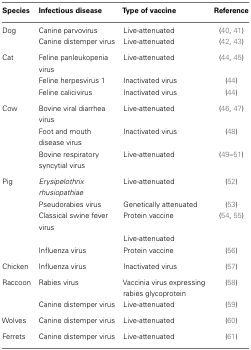
<table><thead><tr><td><b>Species</b></td><td><b>Infectious disease</b></td><td><b>Type of vaccine</b></td><td><b>Reference</b></td></tr></thead><tbody><tr><td>Dog</td><td>Canine parvovirus</td><td>Live-attenuated</td><td>(40, 41)</td></tr><tr><td></td><td>Canine distemper virus</td><td>Live-attenuated</td><td>(42, 43)</td></tr><tr><td>Cat</td><td>Feline panleukopenia virus</td><td>Live-attenuated</td><td>(44, 45)</td></tr><tr><td></td><td>Feline herpesvirus 1</td><td>Inactivated virus</td><td>(44)</td></tr><tr><td></td><td>Feline calicivirus</td><td>Inactivated virus</td><td>(44)</td></tr><tr><td>Cow</td><td>Bovine viral diarrhea virus</td><td>Live-attenuated</td><td>(46, 47)</td></tr><tr><td></td><td>Foot and mouth disease virus</td><td>Inactivated virus</td><td>(48)</td></tr><tr><td></td><td>Bovine respiratory syncytial virus</td><td>Live-attenuated</td><td>(49–51)</td></tr><tr><td>Pig</td><td><i>Erysipelothrix rhusiopathiae</i></td><td>Live-attenuated</td><td>(52)</td></tr><tr><td></td><td>Pseudorabies virus</td><td>Genetically attenuated</td><td>(53)</td></tr><tr><td></td><td>Classical swine fever virus</td><td>Protein vaccine</td><td>(54, 55)</td></tr><tr><td></td><td></td><td>Live-attenuated</td><td></td></tr><tr><td></td><td>Influenza virus</td><td>Protein vaccine</td><td>(56)</td></tr><tr><td>Chicken</td><td>Influenza virus</td><td>Inactivated virus</td><td>(57)</td></tr><tr><td>Raccoon</td><td>Rabies virus</td><td>Vaccinia virus expressing rabies glycoprotein</td><td>(58)</td></tr><tr><td></td><td>Canine distemper virus</td><td>Live-attenuated</td><td>(59)</td></tr><tr><td>Wolves</td><td>Canine distemper virus</td><td>Live-attenuated</td><td>(60)</td></tr><tr><td>Ferrets</td><td>Canine distemper virus</td><td>Live-attenuated</td><td>(61)</td></tr></tbody></table>